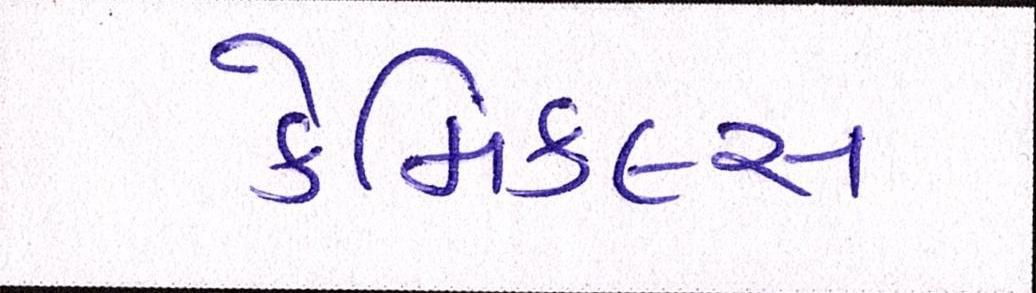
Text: કેમિકલ્સ